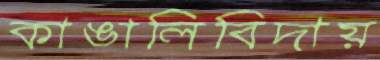
কাঙালিবিদায়